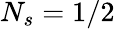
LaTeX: N_{s}=1/2